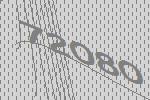
72080